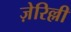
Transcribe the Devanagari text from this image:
ज़ेरिल्ली